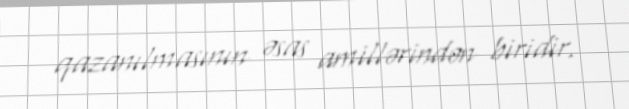
qazanılmasının əsas amillərindən biridir.